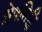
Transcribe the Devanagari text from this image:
श्लेषसिद्धि